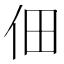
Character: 佃